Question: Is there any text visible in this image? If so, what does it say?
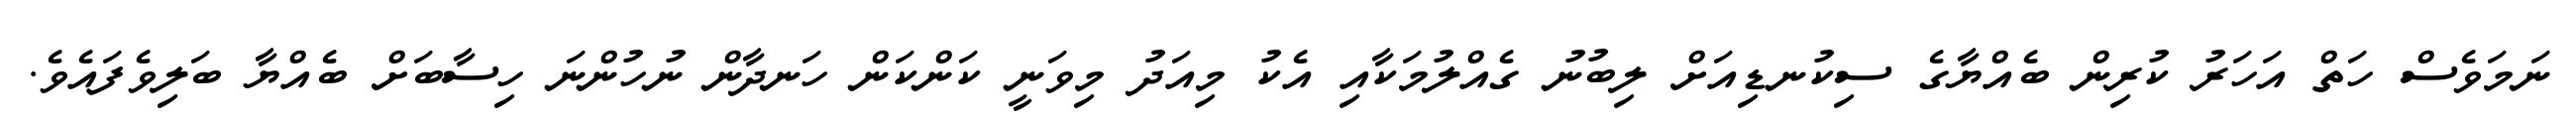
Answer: ނަމަވެސް ހަތް އަހަރު ކުރިން ބެއްޔާގެ ސިކުނޑިއަށް ލިބުނު ގެއްލުމަކާއި އެކު މިއަދު މިވަނީ ކަންކަން ހަނދާން ނުހުންނަ ހިސާބަށް ބެއްޔާ ބަލިވެފައެވެ.